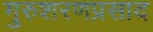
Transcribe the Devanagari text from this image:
गुरुशरणप्रसाद